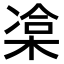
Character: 𣓫